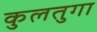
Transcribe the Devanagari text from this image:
कुलतुगा